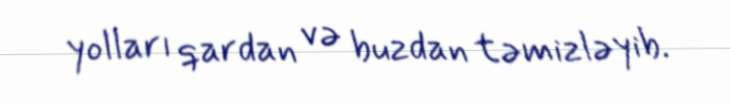
yolları qardan və buzdan təmizləyib.